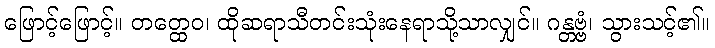
ဖြောင့်ဖြောင့်။ တတ္ထေဝ၊ ထိုဆရာသီတင်းသုံးနေရာသို့သာလျှင်။ ဂန္တဗ္ဗံ၊ သွားသင့်၏။